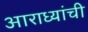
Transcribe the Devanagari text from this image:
आराध्यांची